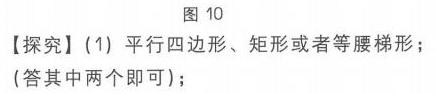
图 10
【探究】(1) 平行四边形、矩形或者等腰梯形；(答其中两个即可)；